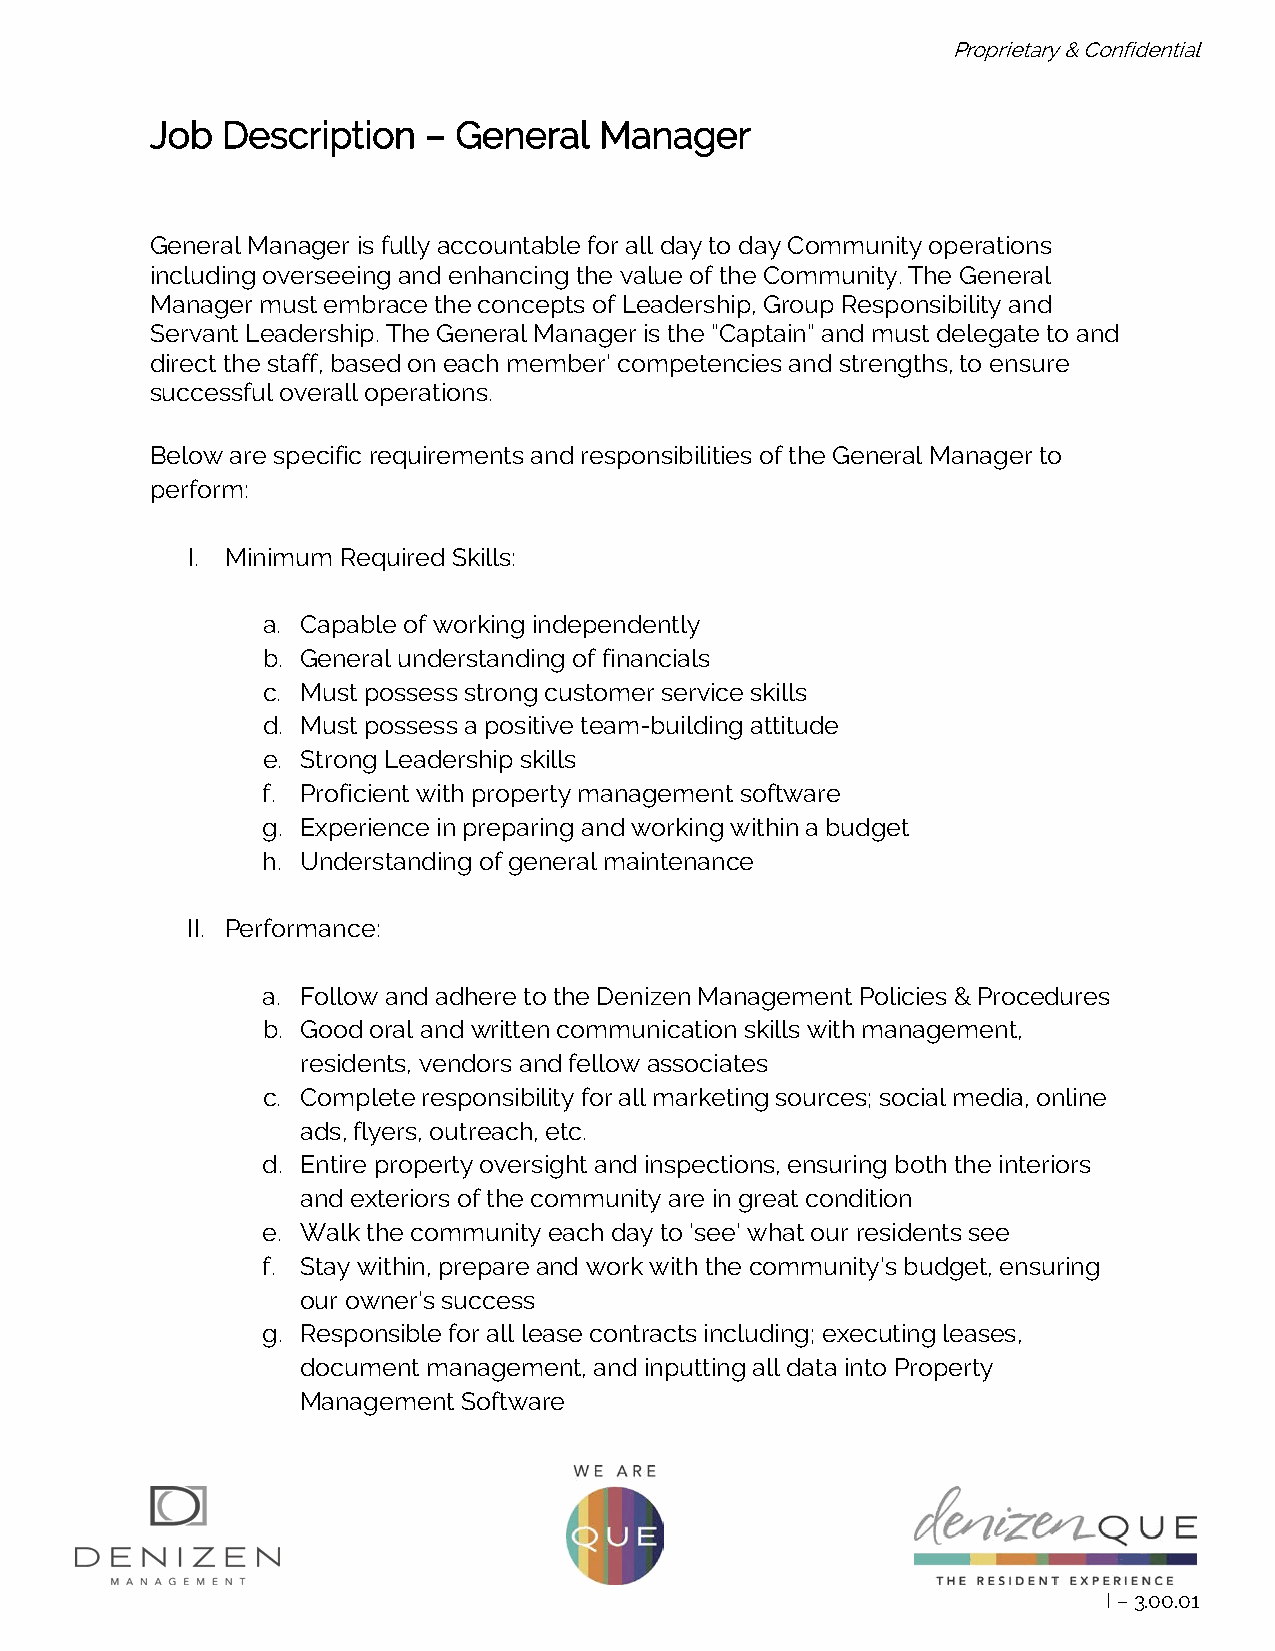
Proprietary & Confidential
 Job  Description  – General   Manager
 General Manager is fully accountable for all day to day Community operations
 including overseeing and enhancing the value of the Community. The General
 Manager must embrace the concepts of Leadership, Group Responsibility and
 Servant Leadership. The General Manager is the “Captain” and must delegate to and
 direct the staff, based on each member’ competencies and strengths, to ensure
 successful overall operations.
 Below are specific requirements and responsibilities of the General Manager to
 perform:
 I. Minimum Required Skills:
 a. Capable of working independently
 b. General understanding of financials
 c. Must possess strong customer service skills
 d. Must possess a positive team-building attitude
 e. Strong Leadership skills
 f. Proficient with property management software
 g. Experience in preparing and working within a budget
 h. Understanding of general maintenance
 II. Performance:
 a. Follow and adhere to the Denizen Management Policies & Procedures
 b. Good oral and written communication skills with management,
 residents, vendors and fellow associates
 c. Complete responsibility for all marketing sources; social media, online
 ads, flyers, outreach, etc.
 d. Entire property oversight and inspections, ensuring both the interiors
 and exteriors of the community are in great condition
 e. Walk the community each day to ‘see’ what our residents see
 f. Stay within, prepare and work with the community’s budget, ensuring
 our owner’s success
 g. Responsible for all lease contracts including; executing leases,
 document management, and inputting all data into Property
 Management Software
 I – 3.00.01